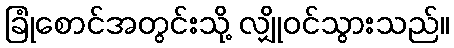
ခြုံစောင်အတွင်းသို့ လျှိုဝင်သွားသည်။